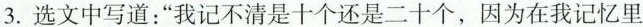
3.选文中写道：”我记不清是十个还是二十个，因为在我记忆里